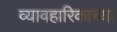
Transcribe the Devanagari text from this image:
व्यावहारिकाच्या